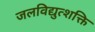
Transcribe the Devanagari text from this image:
जलविद्युत्शक्ति